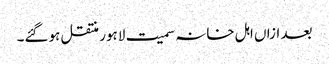
بعد ازاں اہل خانہ سمیت لاہور منتقل ہوگئے۔